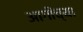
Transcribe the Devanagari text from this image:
आगींच्या